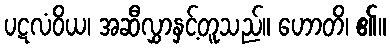
ပဋလံဝိယ၊ အဆီလွှာနှင့်တူသည်။ ဟောတိ၊ ၏။